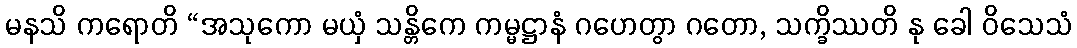
မနသိ ကရောတိ “အသုကော မယှံ သန္တိကေ ကမ္မဋ္ဌာနံ ဂဟေတွာ ဂတော, သက္ခိဿတိ နု ခေါ ဝိသေသံ